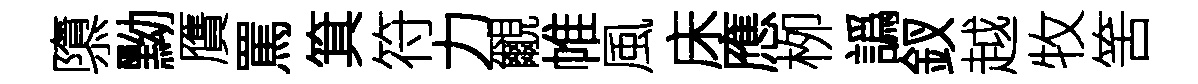
隳黝贋罵箕符力覼帷風床應栁譌釵越牧筈